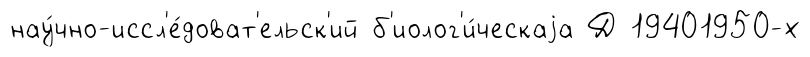
нау́чно-иссл'е́доват'ельск'ий б'иолог'и́ческаjа Д 19401950-х